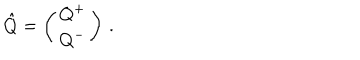
\hat { Q } = \left( \begin{matrix} { { Q ^ { + } } } \\ { { Q ^ { - } } } \\ \end{matrix} \right) \, .